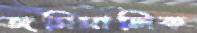
জমিমালিক